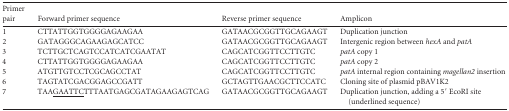
| Primer pair | Forward primer sequence | Reverse primer sequence | Amplicon |
 | --- | --- | --- | --- |
 | 1 | CTTATTGGTGGGGAGAAGAA | GATAACGCGGTTGCAGAAGT | Duplication junction |
 | 2 | GATAGGGCAGAAGAGCATCC | GATAACGCGGTTGCAGAAGT | Intergenic region between hexA and patA |
 | 3 | TCTTGCTCAGTCCATCATCGAATAT | CAGCATCGGTTCCTTGTC | patA copy 1 |
 | 4 | CTTATTGGTGGGGAGAAGAA | CAGCATCGGTTCCTTGTC | patA copy 2 |
 | 5 | ATGTTGTCCTCGCAGCCTAT | CAGCATCGGTTCCTTGTC | patA internal region containing magellan2 insertion |
 | 6 | TAGTATCGACGGAGCCGATT | GCTAGTTGAACGCTTCCATC | Cloning site of plasmid pBAV1K2 |
 | 7 | TAA<underline>GAATTC</underline>TTTAATGAGCGATAGAAGAGTCAG | GATAACGCGGTTGCAGAAGT | Duplication junction, adding a 5′ EcoRI site (underlined sequence) |